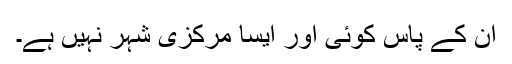
ان کے پاس کوئی اور ایسا مرکزی شہر نہیں ہے۔